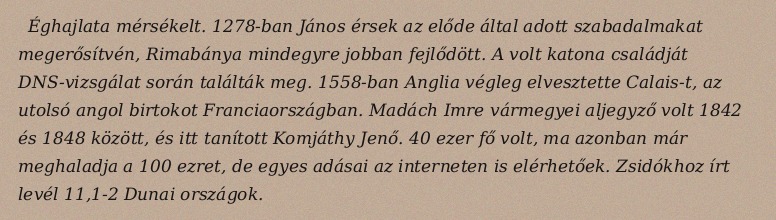
Éghajlata mérsékelt. 1278-ban János érsek az előde által adott szabadalmakat megerősítvén, Rimabánya mindegyre jobban fejlődött. A volt katona családját DNS-vizsgálat során találták meg. 1558-ban Anglia végleg elvesztette Calais-t, az utolsó angol birtokot Franciaországban. Madách Imre vármegyei aljegyző volt 1842 és 1848 között, és itt tanított Komjáthy Jenő. 40 ezer fő volt, ma azonban már meghaladja a 100 ezret, de egyes adásai az interneten is elérhetőek. Zsidókhoz írt levél 11,1-2 Dunai országok.